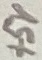
Text: +5V